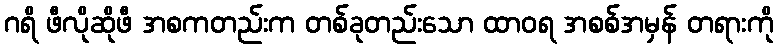
ဂရိ ဖီလိုဆိုဖီ အစကတည်းက တစ်ခုတည်းသော ထာဝရ အစစ်အမှန် တရားကို